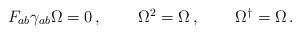
LaTeX: \begin{align*}\begin{array}{ccc}F_{ab}\gamma_{ab}\Omega=0\,,~~&~~\Omega^{2}=\Omega\,,~~&~~\Omega^{\dagger}=\Omega\,.\end{array}\end{align*}